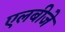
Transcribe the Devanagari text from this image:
एलबीजे